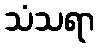
သံသရာ